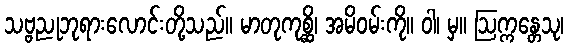
သဗ္ဗညုဘုရားလောင်းတို့သည်။ မာတုကုစ္ဆိ၊ အမိဝမ်းကို။ ဝါ၊ မှ။ ဩက္ကန္တေသု၊